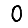
Digit: 0